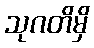
သုဂတိမှိ